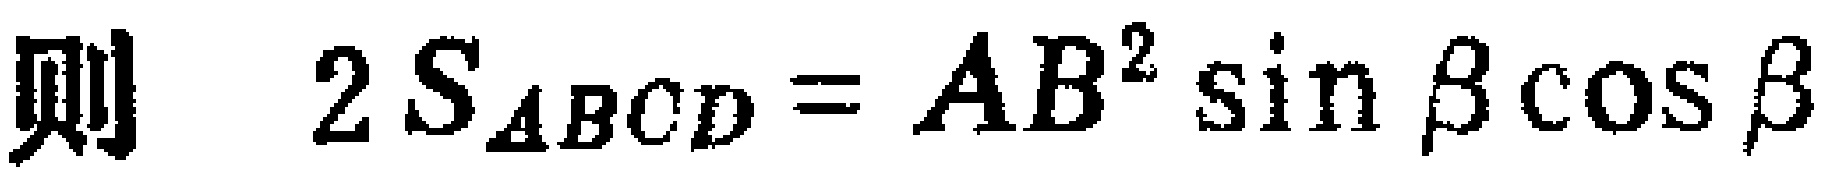
则 \(2S_{\Delta BCD}=AB^{2}\sin\beta\cos\beta\)